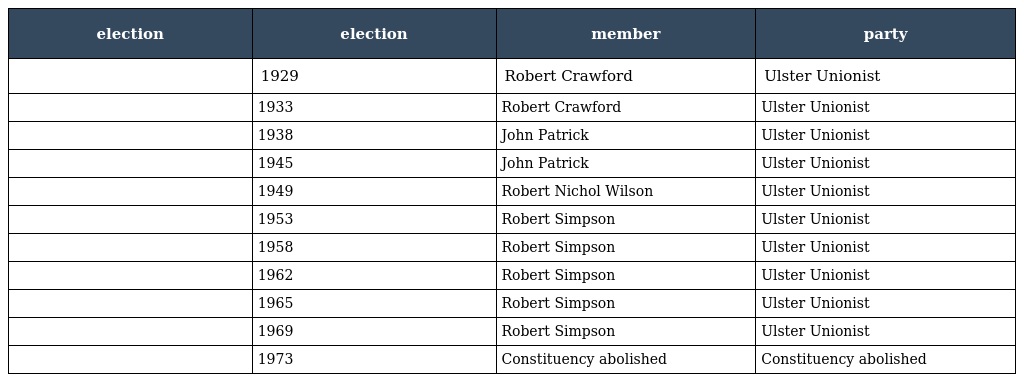
| election | election | member | party |
 | --- | --- | --- | --- |
 |  | 1929 | Robert Crawford | Ulster Unionist |
 |  | 1933 | Robert Crawford | Ulster Unionist |
 |  | 1938 | John Patrick | Ulster Unionist |
 |  | 1945 | John Patrick | Ulster Unionist |
 |  | 1949 | Robert Nichol Wilson | Ulster Unionist |
 |  | 1953 | Robert Simpson | Ulster Unionist |
 |  | 1958 | Robert Simpson | Ulster Unionist |
 |  | 1962 | Robert Simpson | Ulster Unionist |
 |  | 1965 | Robert Simpson | Ulster Unionist |
 |  | 1969 | Robert Simpson | Ulster Unionist |
 |  | 1973 | Constituency abolished | Constituency abolished |